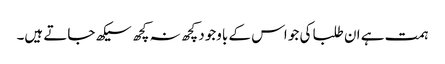
ہمت ہے ان طلبا کی جو اس کے باوجود کچھ نہ کچھ سیکھ جاتے ہیں۔